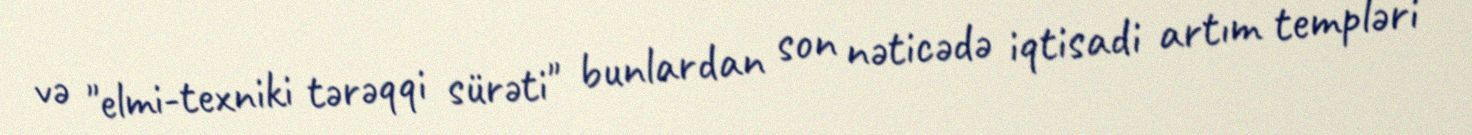
və "elmi-texniki tərəqqi sürəti" bunlardan son nəticədə iqtisadi artım templəri